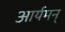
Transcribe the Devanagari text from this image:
आर्यमन्